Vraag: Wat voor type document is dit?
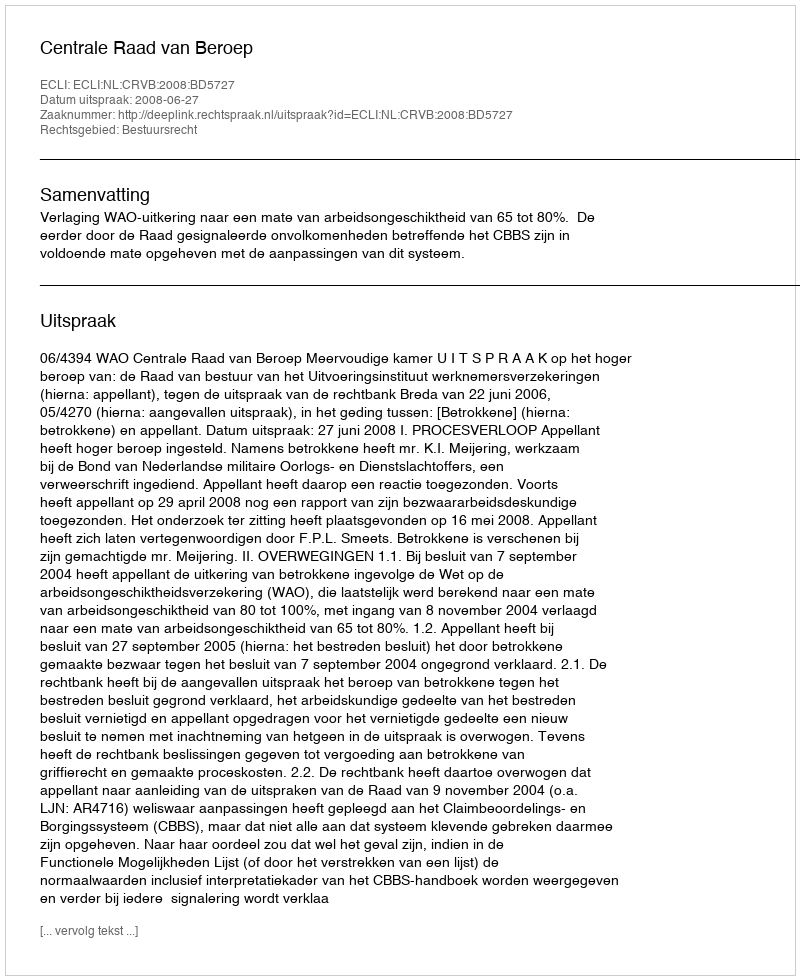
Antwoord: Uitspraak